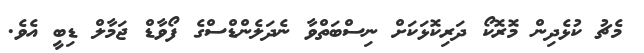
މެޗު ކުޅެދިން މޮރޮކޯ ދަރިކޮޅަކަށް ނިސްބަތްވާ ނެދަލެންޑްސްގެ ފޯވާޑް ޖަމާލް ޑިބީ އެވެ.